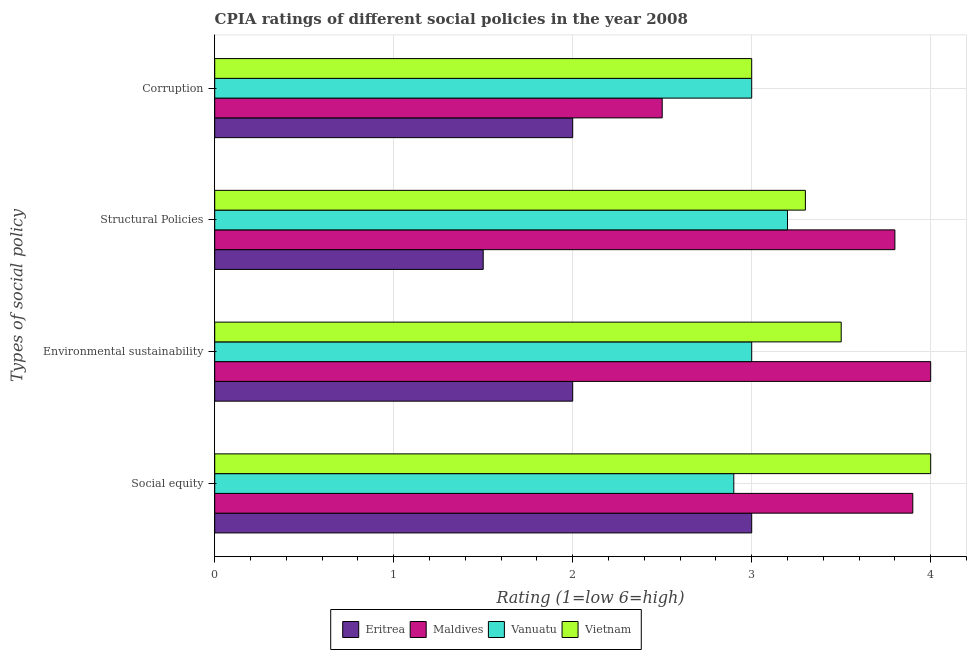
| Types of social policy | Eritrea | Maldives | Vanuatu | Vietnam |
 | --- | --- | --- | --- | --- |
 | Social equity | 3 | 3.9 | 2.9 | 4 |
 | Environmental sustainability | 2 | 4 | 3 | 3.5 |
 | Structural Policies | 1.5 | 3.8 | 3.2 | 3.3 |
 | Corruption | 2 | 2.5 | 3 | 3 |